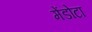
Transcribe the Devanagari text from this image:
मेंडोटा